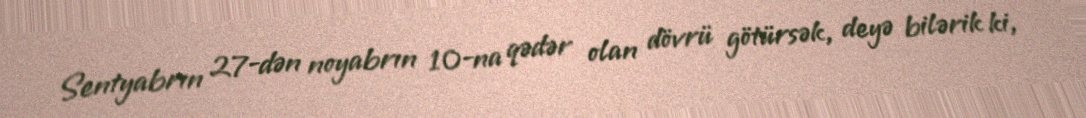
Sentyabrın 27-dən noyabrın 10-na qədər olan dövrü götürsək, deyə bilərik ki,